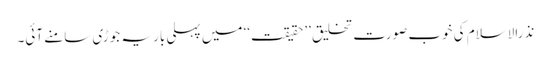
نذرالاسلام کی خوب صورت تخلیق ’’حقیقت‘‘ میں پہلی بار یہ جوڑی سامنے آئی۔